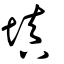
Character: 塡